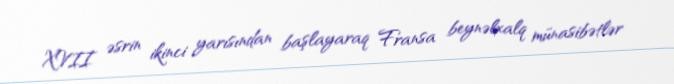
XVII əsrin ikinci yarısından başlayaraq Fransa beynəlxalq münasibətlər